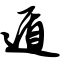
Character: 遁